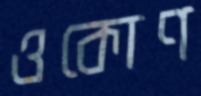
ওকোণ